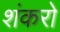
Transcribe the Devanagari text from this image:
शंकरो